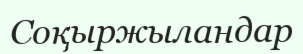
Соқыржыландар